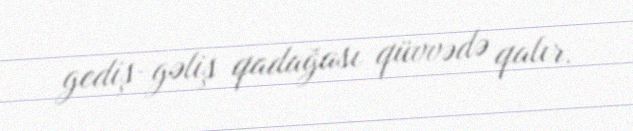
gediş-gəliş qadağası qüvvədə qalır.